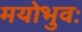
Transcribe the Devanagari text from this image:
मयोभुवः